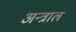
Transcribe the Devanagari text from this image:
अन्त्राल